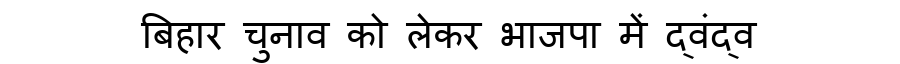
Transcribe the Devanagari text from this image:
बिहार चुनाव को लेकर भाजपा में द्वंद्व